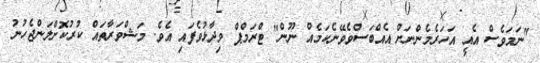
"ނަމަވެސް އެއީ އަހަރެމެންނަށް އެއްބަސްވެވޭނެކަމެއް ނޫން" ޓްރަމްޕް ވިދާޅުވެފައި އެވެ. މަޝްވަރާތައް ކުރުކޮށްލަންޖެހުނު